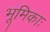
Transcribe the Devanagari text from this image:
भूमिकाः